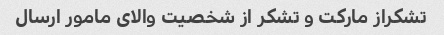
تشکراز مارکت و تشکر از شخصیت والای مامور ارسال